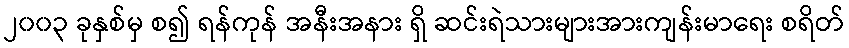
၂၀၀၃ ခုနှစ်မှ စ၍ ရန်ကုန် အနီးအနား ရှိ ဆင်းရဲသားများအားကျန်းမာရေး စရိတ်